Bréfritari: Jón Hjaltason
Viðtakandi: Jón Borgfirðings Jónsson
Dagsetning: A-1857-04-07
Skrifað á: Ystafelli  S-Þing.

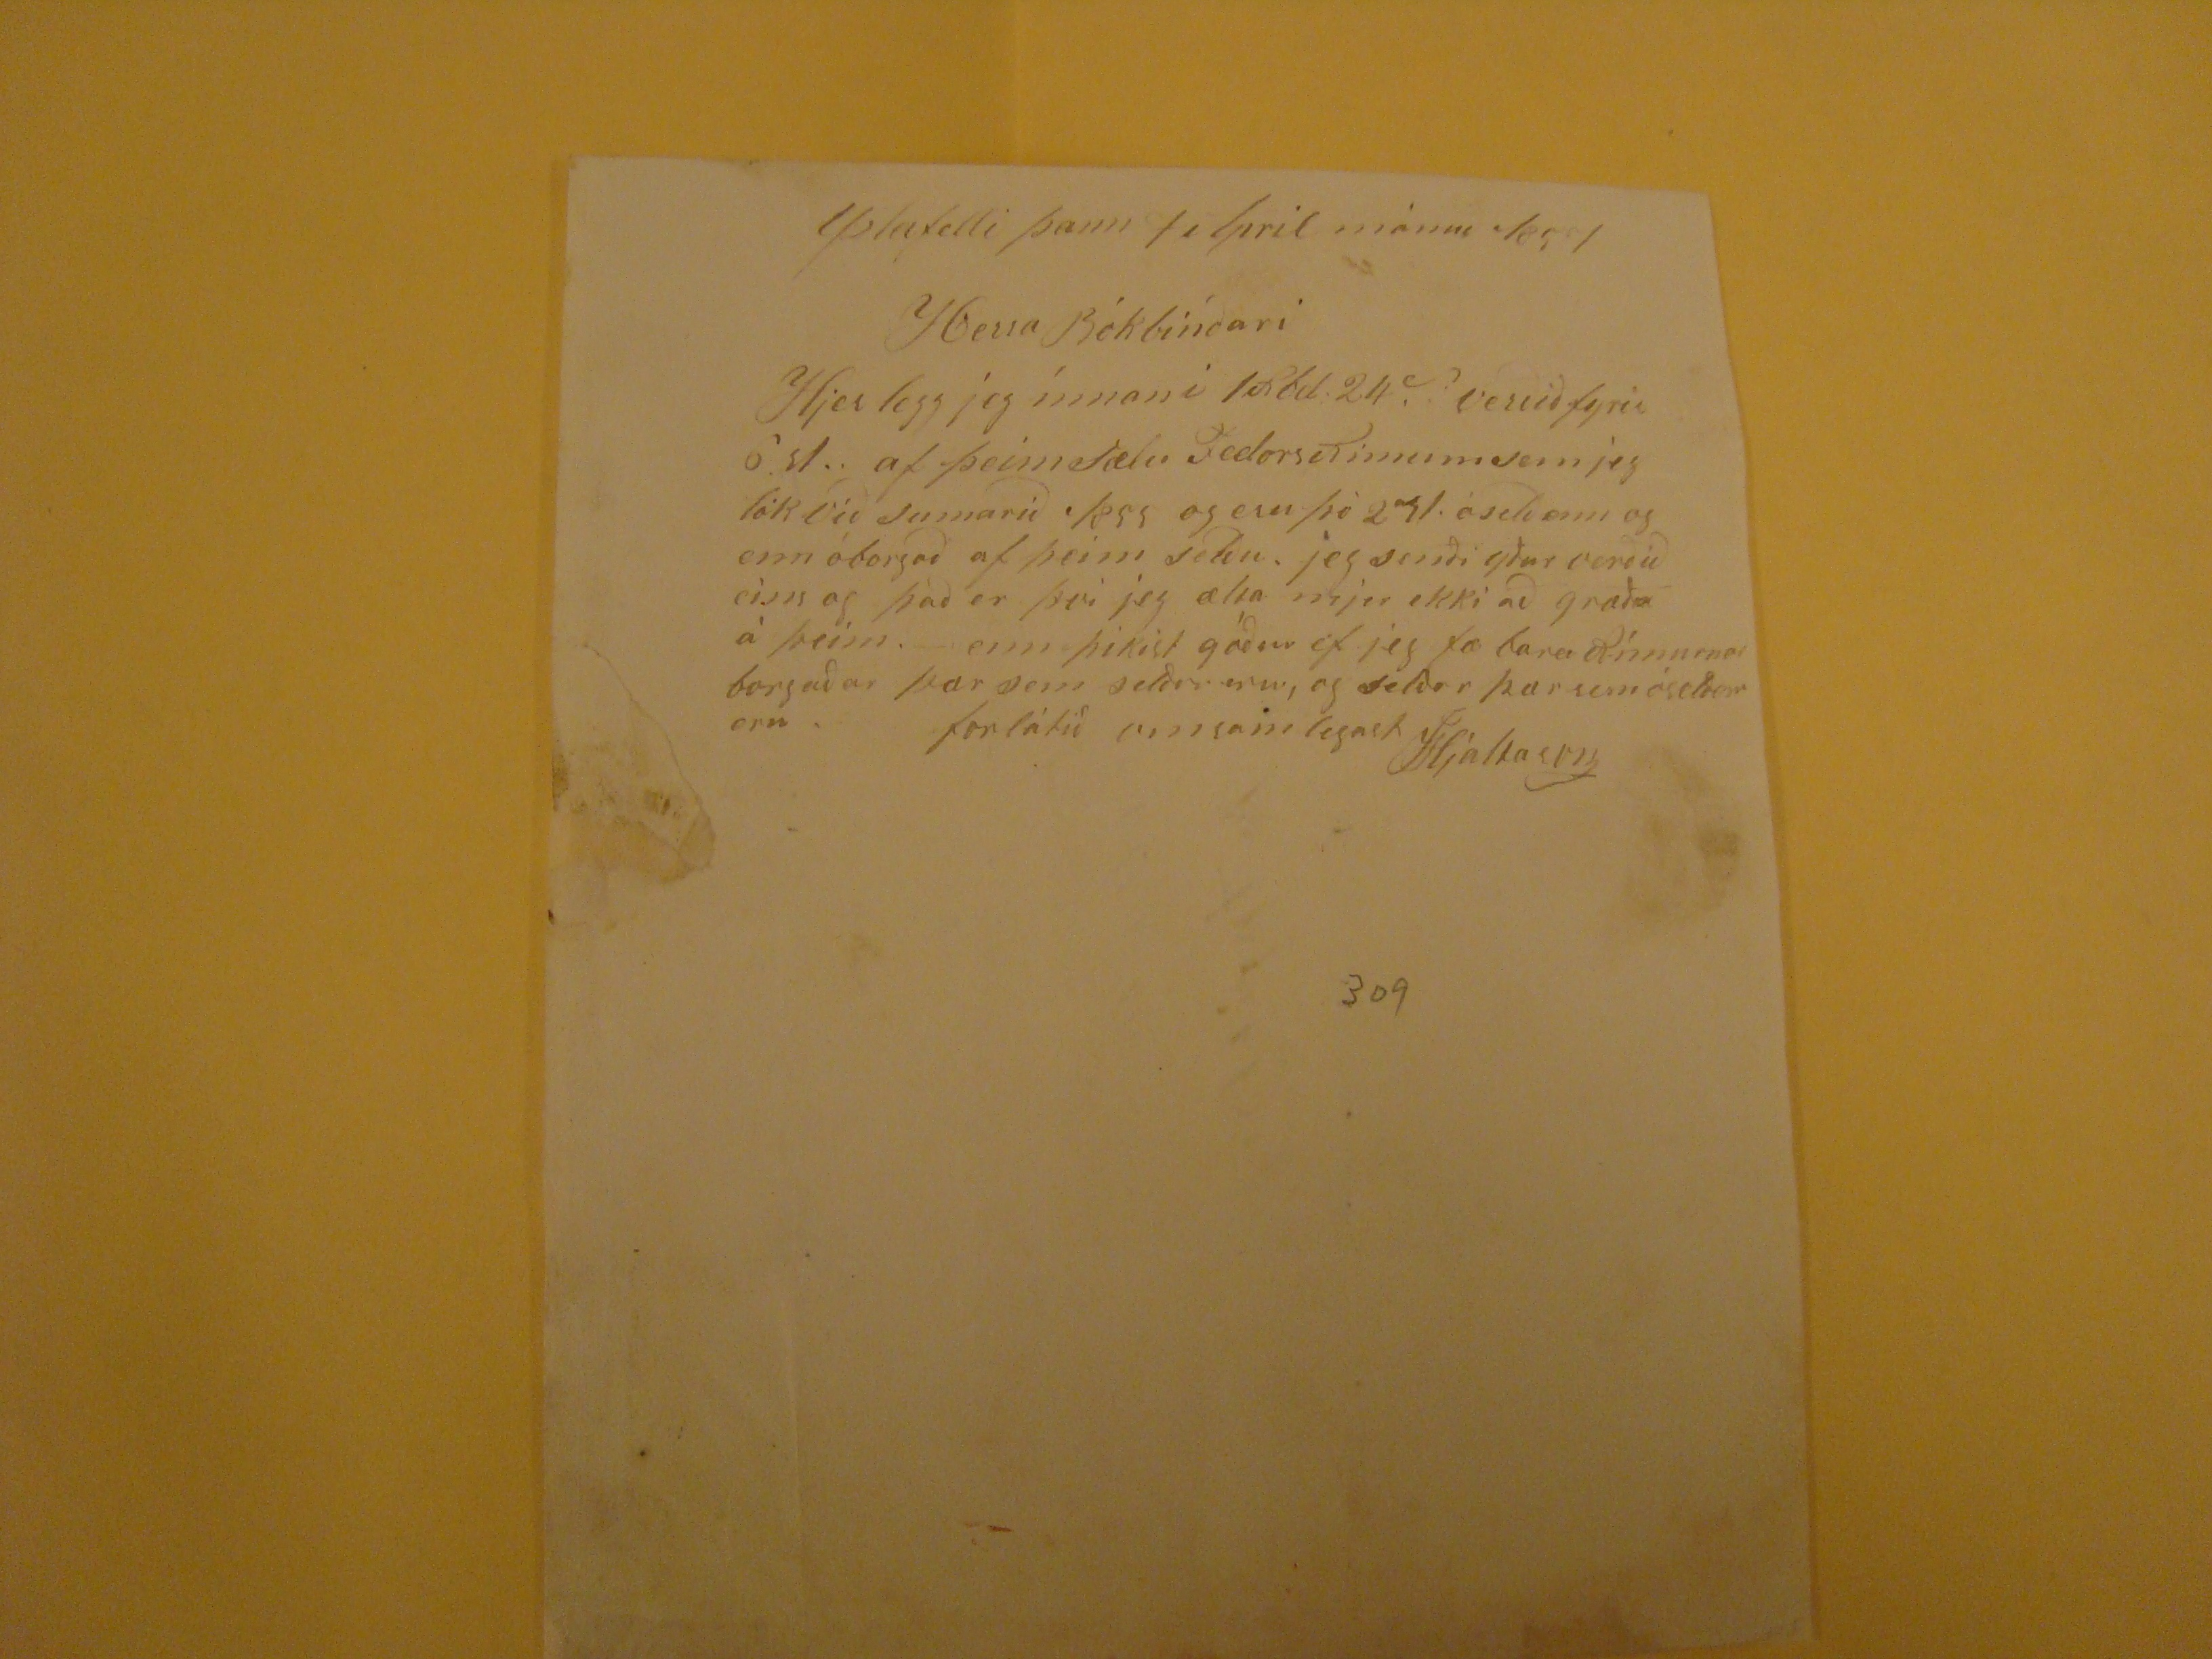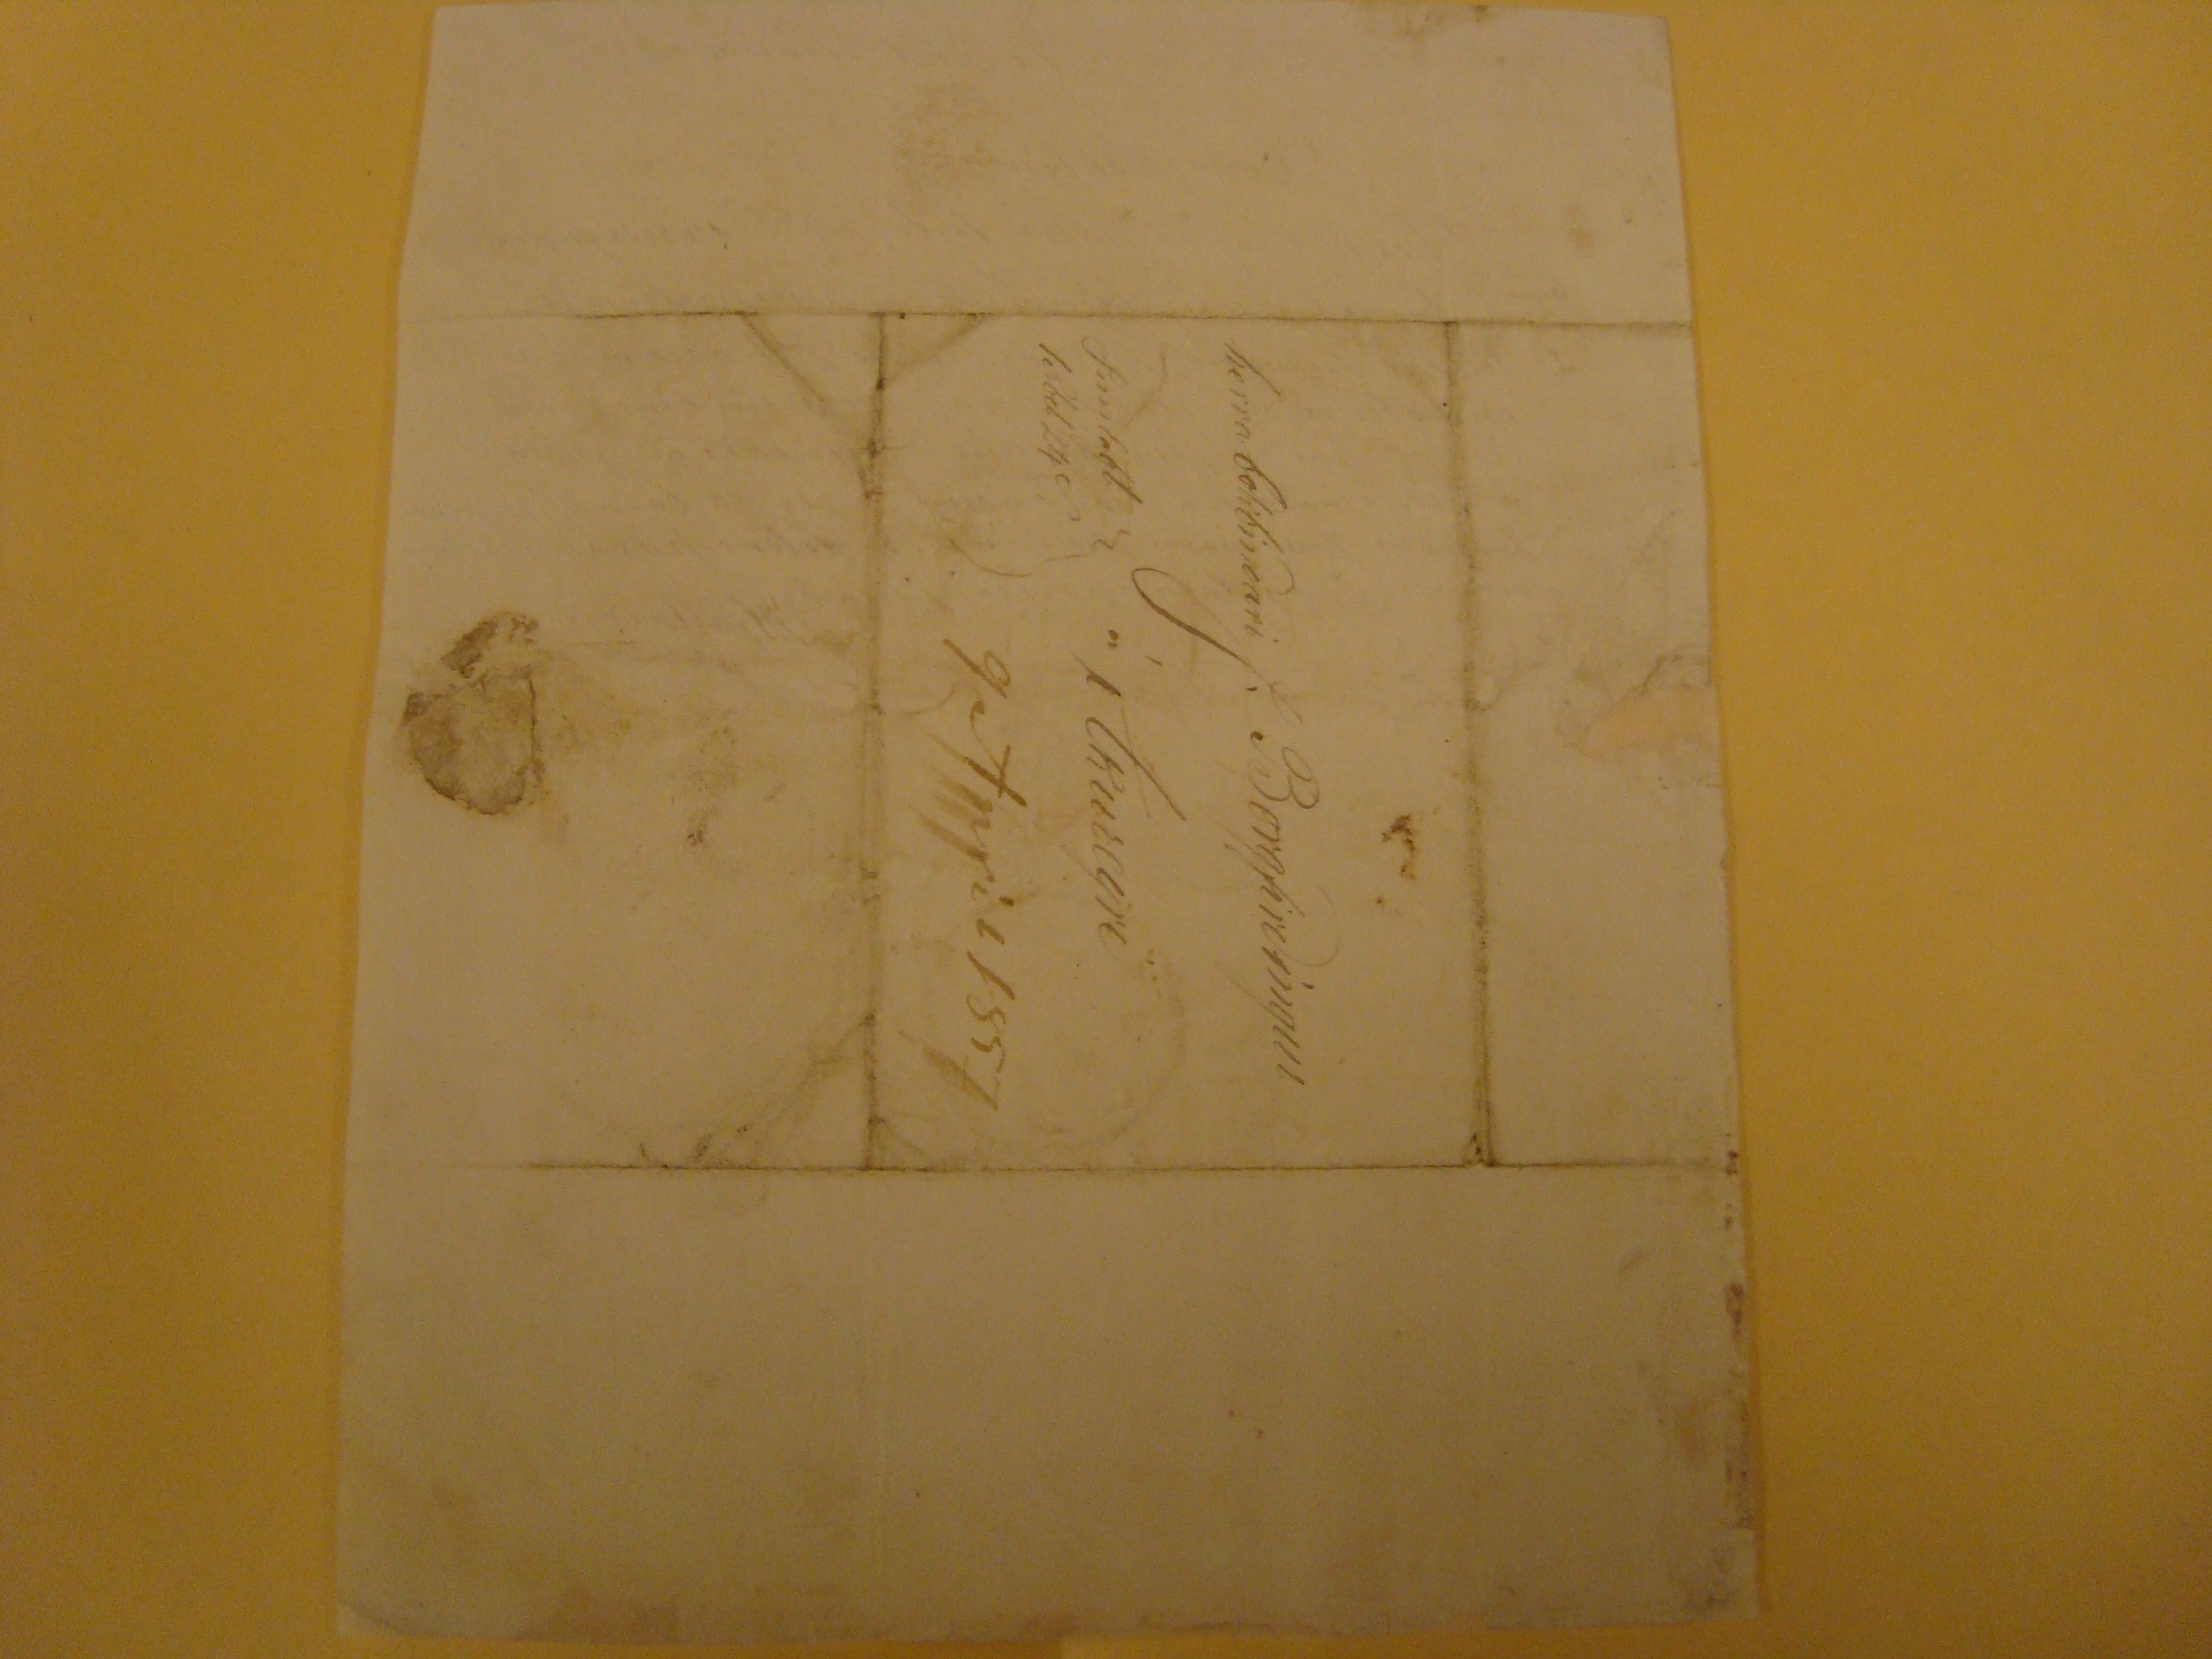

Ystafelli þann 7 Alril mánuð 1857
Herra Bókbinðari
Hjer legg jeg ínnaní 1Rbd 24
~
. verðið fyrir 6.st. af þeim
Sælu FedorsRimum
sem jeg tók við sumarið 1855 og eru þó
271
óselð enn og enn óborgað af eim selðu. jeg senði yður verðið einso g það er þvi jeg ælta mjer ekki að græða á þeim. enn þikist góður ef jeg fæ bara Rímurnar borgaðar þær sem selðar eru, og selðar þær sem óselðar eru. forlátið vinsamlegast
JHjaltason
herra bokbinðari J. Borgfirðíngur
á Akureyri
Innlagt 1Rbd 24
~
9Apríl1857
[gæti verið önnur rithönd]